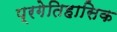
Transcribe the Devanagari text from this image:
प्रगेतिहासिक